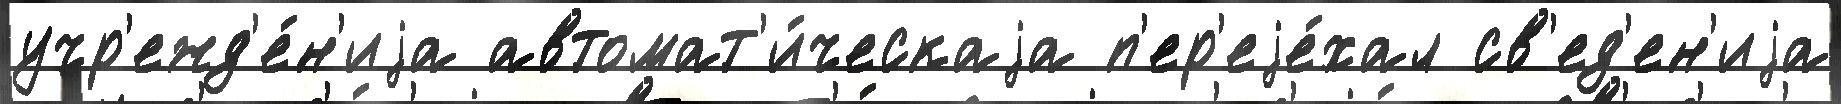
учр'ежд'е́н'иjа автомат'и́ческаjа п'ер'еjе́хал св'ед'ен'иjа